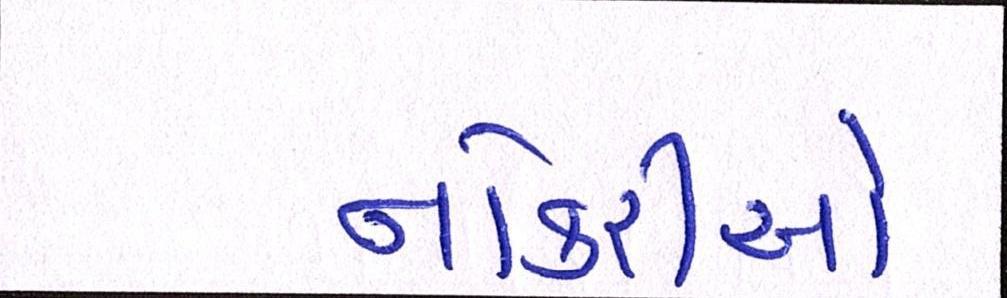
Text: નોકરીઓ